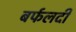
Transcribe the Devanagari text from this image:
बर्फलदी